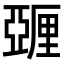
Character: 𬪿